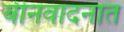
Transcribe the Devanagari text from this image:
बीनवादनात